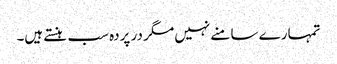
تمہارے سا منے نہیں مگر در پردہ سب ہنستے ہیں۔